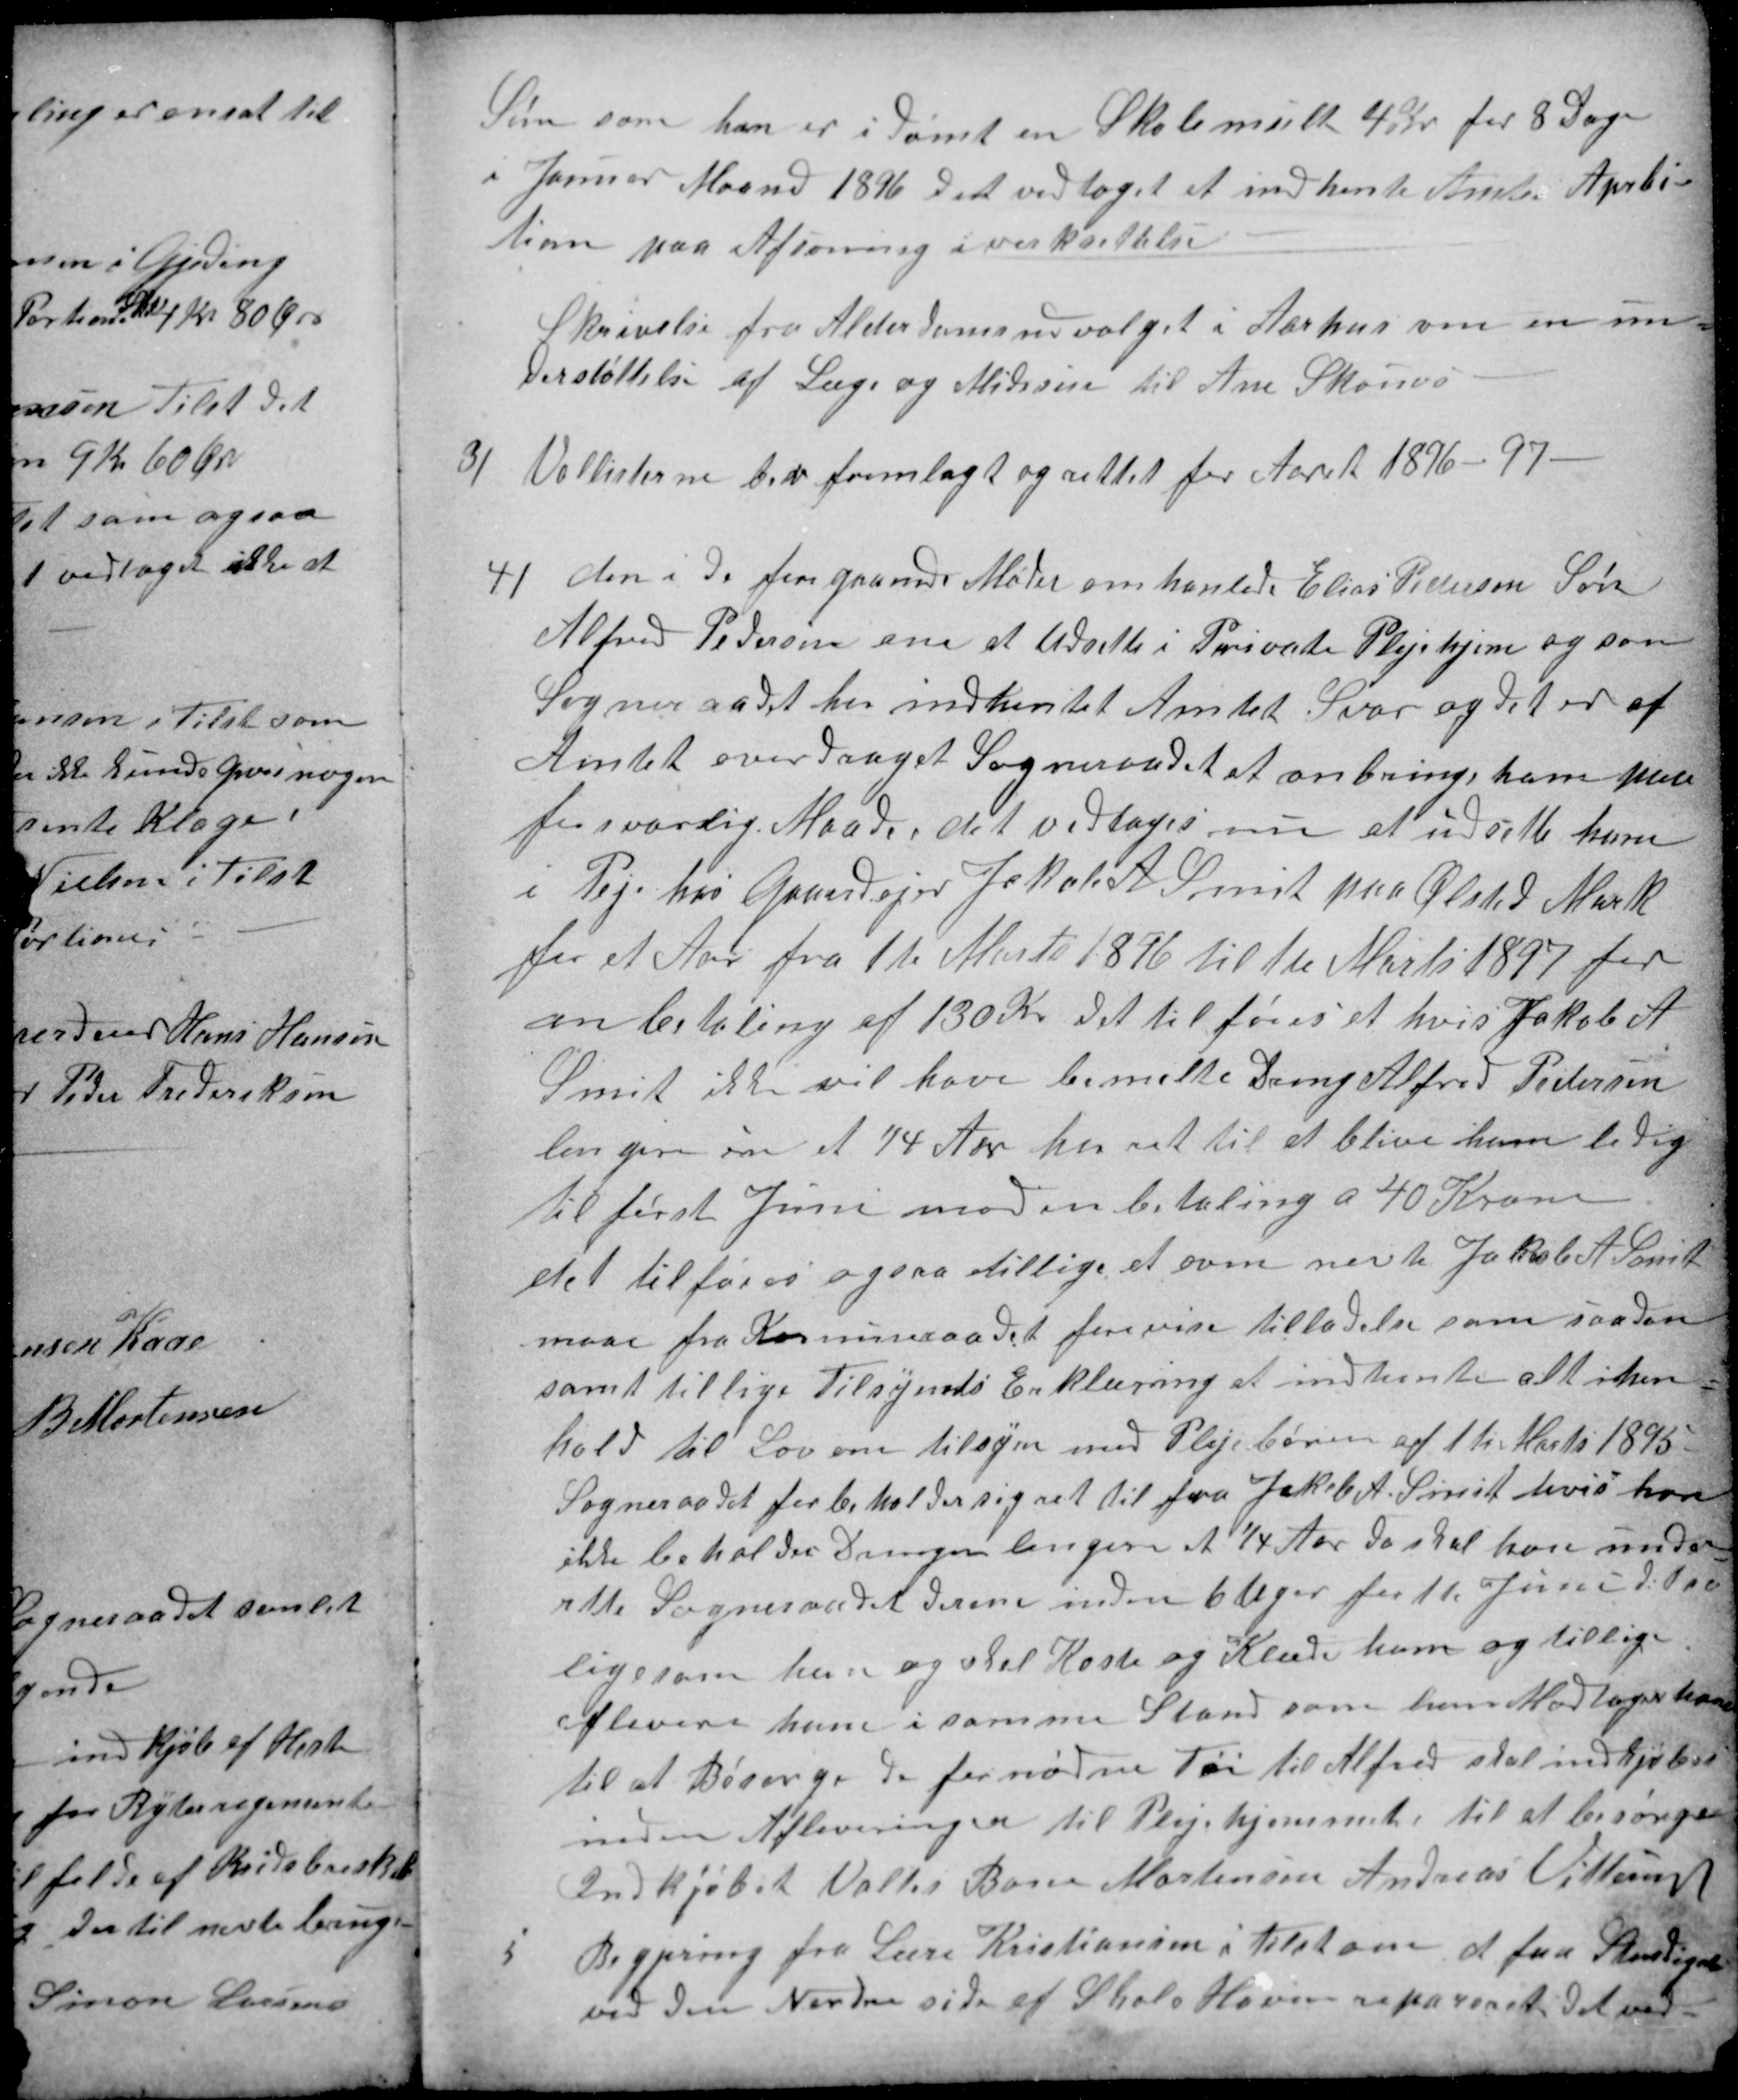
Transskription:
Søn som han er idømt en Skolemulk 4 Kr for 8 Dage
i Januar Maaned 1896. Det vedtoget et indhente Amts Aprbi-
tion paa Afsoning iverksettelse
Skrivelse fra Alderdomsudvalget i Aarhus om en un-
derstøttelse af Læge og Midesin til Ane Skouvs
3)
Vallisterne bev fremlagt og rettet for Aaret 1896-97.
4)
den i de foregaaende Møder omhanlede Elias Pedersen Søn
Alfred Pedersen om at Udsette i Private Plejehjem og som
Sogneraadet her indhentet Amtet Svar og det er af
Amtet overdraget Sogneraadet at anbringe ham paa
forsvarlig Maade. det vedtoges nu at udsette ham
i Peje hos Gaardejer Jakob A Smit paa Ølsted Mark
for et Aar fra 1te Marts 1896 til 1te Marts 1897 for
en betaling af 130 Kr det tilføies at hvis Jakob A
Smit ikke vil have bemelte Dreng Alfred Pedersen
lengere en et ¼ Aar har ret til at blive ham ledig
til først Juni mod en betaling a 40 Kroner
det tilføies ogsaa tillige at oven nevte Jakob A. Smit
maae fra Komuneraadet forevise tilladelse som saadan
samt tillige Tilsynets Erklæring at indhente alt i hen-
hold til Lov om tilsyn med Plejebøren af 1te Marts 1895
Sogneraadet forbeholder sig ret til fra Jakob A. Smit hvis han
ikke beholder Drengen lengere et ¼ Aar da skal han under-
rette Sogneraadet derom inden 6 Uger før 1te Juni d.t.aa
ligesom han og skal Koste og Klæde ham og tillige
aflevere ham i samme Stand som han Modtager ham
til at Besørge de fornødne Tøi til Alfred skal indkjøbes
inden Afleveringen til Plejehjemmet, til at besørge
Indkjøbet Valtes Bone Mortensen Andreas Vittrup
5
Begjering fra Lære Kristiansen i Tilst om at faa Stendiget
ved den Nordre side af Skole Haven repareret det ved-